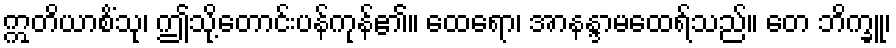
ဣတိယာစိံသု၊ ဤသို့တောင်းပန်ကုန်၏။ ထေရော၊ အာနန္ဒာမထေရ်သည်။ တေ ဘိက္ခူ၊